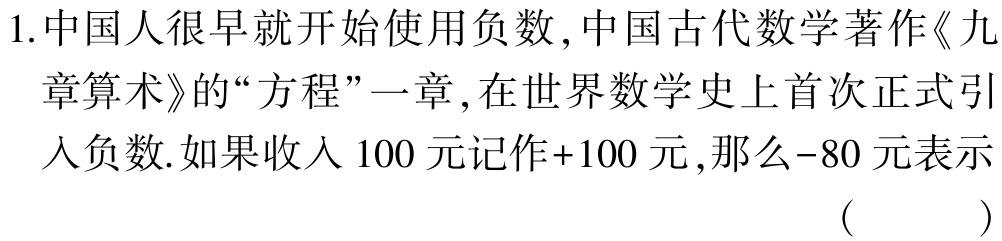
1.中国人很早就开始使用负数,中国古代数学著作《九章算术》的“方程”一章,在世界数学史上首次正式引入负数.如果收入$100$元记作$+100$元,那么$-80$元表示（  ）